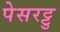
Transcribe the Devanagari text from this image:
पेसरट्टु